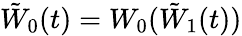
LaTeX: \tilde{W}_{0}(t)=W_{0}(\tilde{W}_{1}(t))